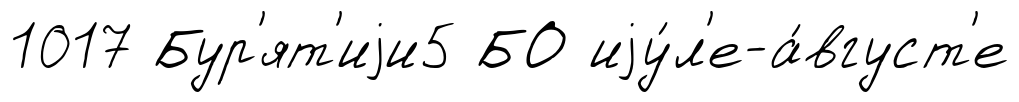
1017 Бур'ят'иjи5 БО иjу́л'е-а́вгуст'е